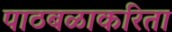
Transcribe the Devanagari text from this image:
पाठबळाकरिता